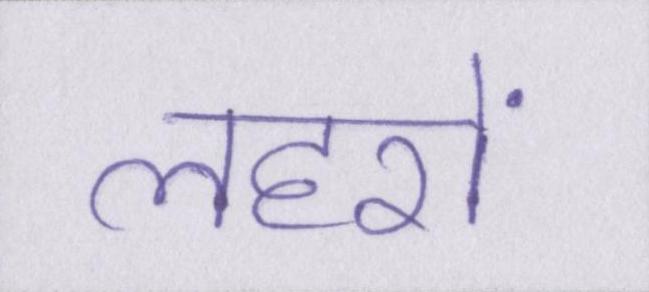
लहरों